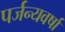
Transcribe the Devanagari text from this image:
पर्जन्यवर्षा